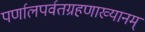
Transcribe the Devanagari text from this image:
पर्णालपर्वतग्रहणाख्यानम्